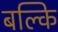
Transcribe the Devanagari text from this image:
बल्कि